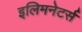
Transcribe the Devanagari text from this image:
इलिमनेटर्स